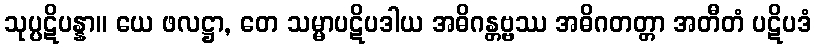
သုပ္ပဋိပန္နာ။ ယေ ဖလဋ္ဌာ, တေ သမ္မာပဋိပဒါယ အဓိဂန္တဗ္ဗဿ အဓိဂတတ္တာ အတီတံ ပဋိပဒံ